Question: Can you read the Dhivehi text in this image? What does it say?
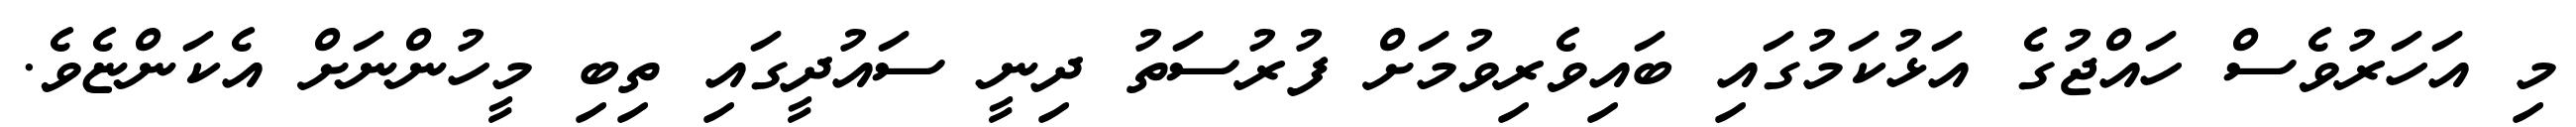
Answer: މި އަހަރުވެސް ހައްޖުގެ އަޅުކަމުގައި ބައިވެރިވުމަށް ފުރުސަތު ދިނީ ސައުދީގައި ތިބި މީހުންނަށް އެކަންޏެވެ.